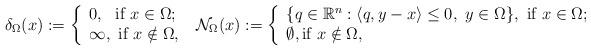
LaTeX: \begin{align*}\delta_\Omega(x):=\left\{ \begin{array}{ll}0, \ \ \mbox{if} \ x\in \Omega;\\\infty, \ \mbox{if} \ x\notin \Omega, \ \end{array}\right.\mathcal{N}_\Omega(x):=\left\{ \begin{array}{ll}\{q\in \mathbb{R}^n: \langle q , y-x \rangle \leq 0, \ y\in \Omega \}, \ \mbox{if} \ x\in \Omega;\\\emptyset, \mbox{if} \ x\notin \Omega, \end{array}\right. \end{align*}